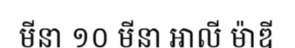
មីនា ១០ មីនា អាលី ម៉ាឌី